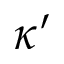
\kappa ^ { \prime }